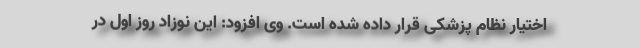
اختیار نظام پزشکی قرار داده شده است. وی افزود: این نوزاد روز اول در